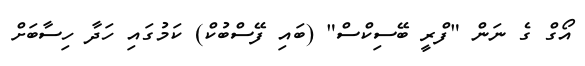
އޯގް ގެ ނަން "ފްރީ ބޭސިކްސް" (ބައި ފޭސްބުކް) ކަމުގައި ހަދާ ހިސާބަށް